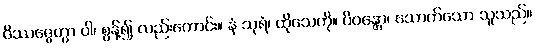
ဝိဿဇ္ဇေတွာ ဝါ၊ စွန့်၍ လည်းကောင်း။ နံ သုရံ၊ ထိုသေကို။ ပိဝန္တော၊ သောက်သော သူသည်။